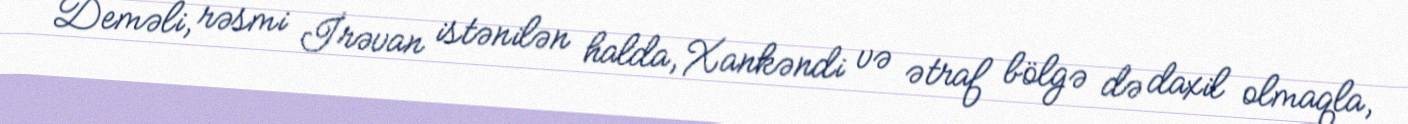
Deməli, rəsmi İrəvan istənilən halda, Xankəndi və ətraf bölgə də daxil olmaqla,